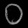
Digit: ၀